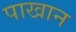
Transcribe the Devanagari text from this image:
पाखान